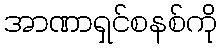
အာဏာရှင်စနစ်ကို